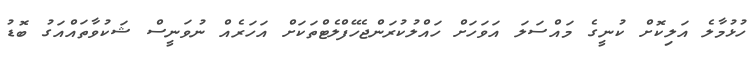
ހުޅުމާލެ އަލިކޮށް ކުނީގެ މައްސަލަ އަވަހަށް ހައްލުކުރަންޖެހޭފްލެޓްތަކަށް އަހަރެއް ނުވަނީސް ޝަކުވާތައްއަގު ބޮޑު